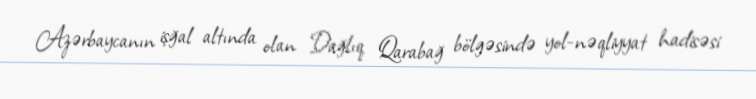
Azərbaycanın işğal altında olan Dağlıq Qarabağ bölgəsində yol-nəqliyyat hadisəsi